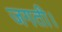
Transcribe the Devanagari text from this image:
जगती।